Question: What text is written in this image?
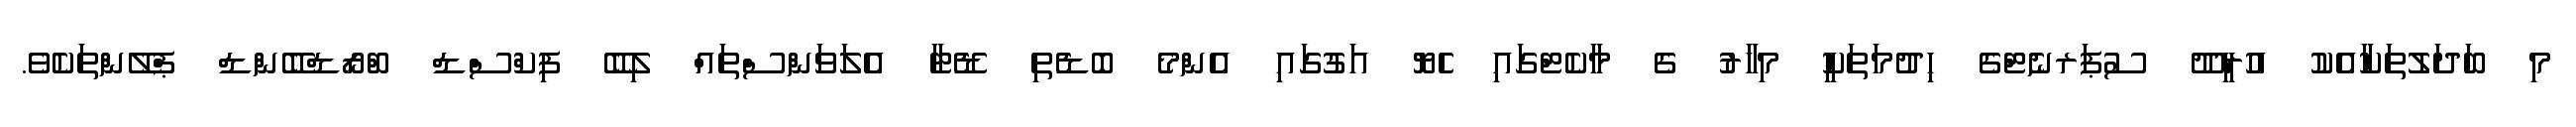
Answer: މި ބަދަލުތަކާއެކު އުރީދޫ ސުޕަރނެޓްގެ ޙިދުމަތަކީ މިހާރު ގެ މާކެޓްގައި ހެޔޮ އަގުގައި އެންމެ ބޮޑެތި ޑޭޓާ އެލަވަންސްތައް ލިބޭ ފިކްސްޑް ބްރޯޑްބޭންޑް ޕްލޭންތަކެވެ.